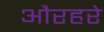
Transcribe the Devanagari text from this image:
औरहरे